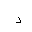
Letter: _dal